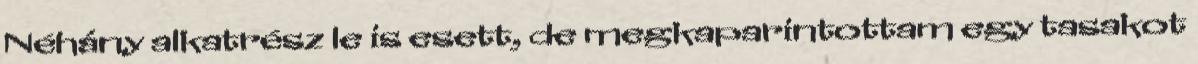
Néhány alkatrész le is esett, de megkaparintottam egy tasakot